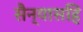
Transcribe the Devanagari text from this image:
सैन्यासहि